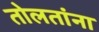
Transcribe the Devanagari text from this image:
तोलतांना